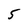
Character: 5